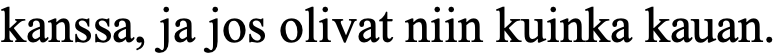
kanssa, ja jos olivat niin kuinka kauan.